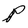
Character: P